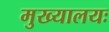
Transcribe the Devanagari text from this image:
मुख्यालयः